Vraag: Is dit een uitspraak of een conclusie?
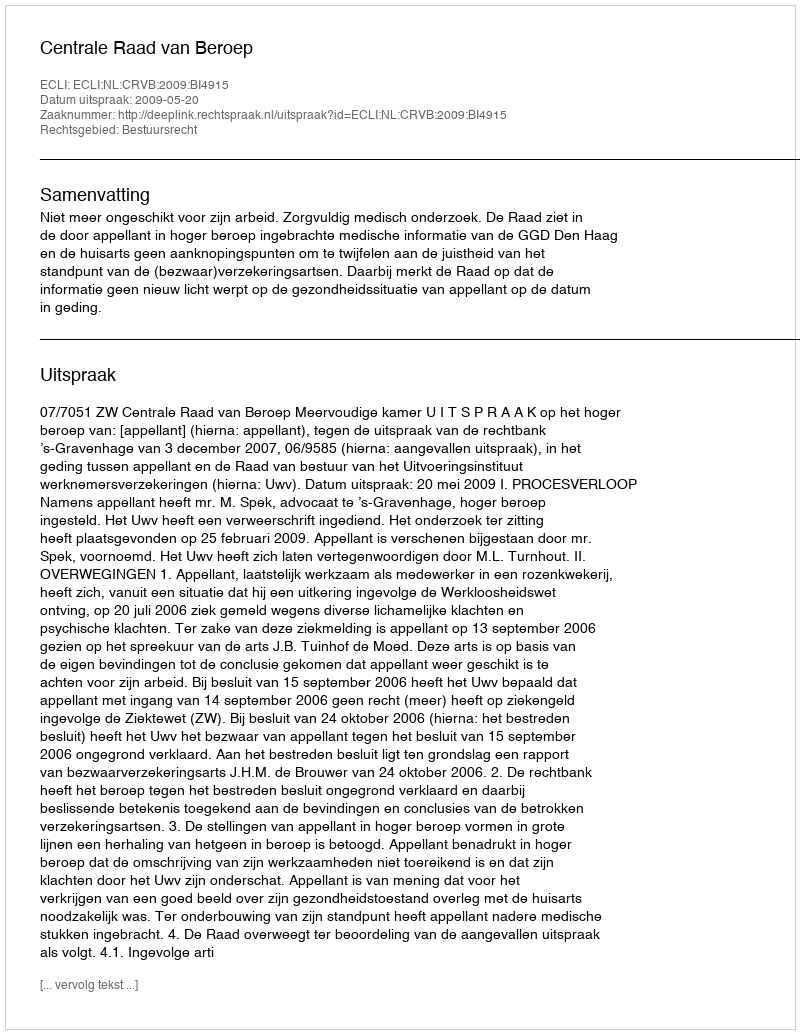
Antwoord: Uitspraak